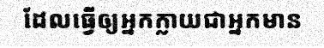
ដែលធ្វើឲ្យអ្នកក្លាយជាអ្នកមាន